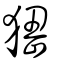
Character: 峱